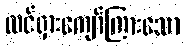
ထင်ရှားကျော်ကြားသော